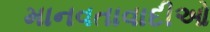
માનવતાવાદીઓ